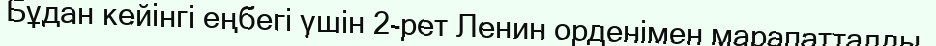
Бұдан кейінгі еңбегі үшін 2-рет Ленин орденімен марапатталды.